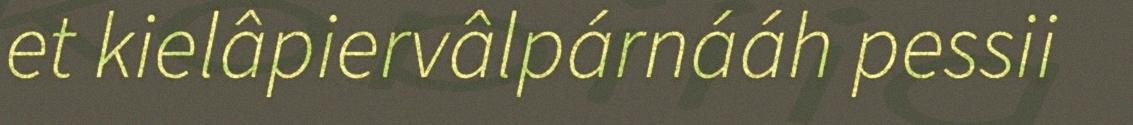
et kielâpiervâlpárnááh pessii